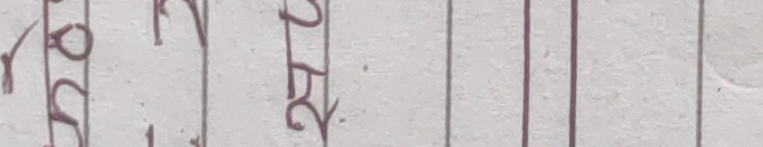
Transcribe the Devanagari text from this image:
१०
१५
२०
२५